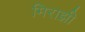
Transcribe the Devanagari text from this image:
मिराझी